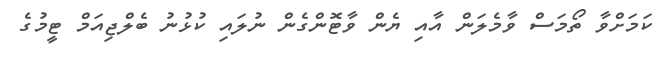
ކަމަށްވާ ތޯމަސް ވާމެލަން އާއި ޔެން ވާޓޮންގެން ނުލައި ކުޅުނު ބެލްޖިއަމް ޓީމުގެ